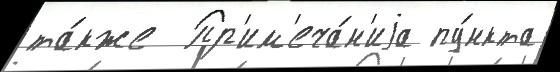
та́кже  Пр'им'еча́н'иjа пу́нкта